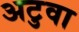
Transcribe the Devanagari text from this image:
अटुवा